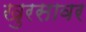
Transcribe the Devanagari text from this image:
खुरसावर